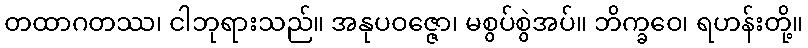
တထာဂတဿ၊ ငါဘုရားသည်။ အနုပဝဇ္ဇော၊ မစွပ်စွဲအပ်။ ဘိက္ခဝေ၊ ရဟန်းတို့။